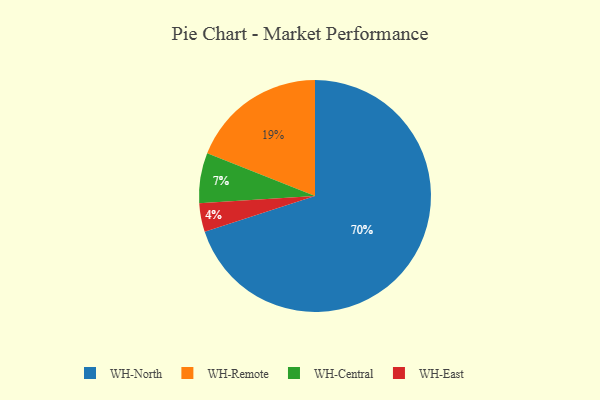
{"axis": {"x": "Category", "y": "Percentage"}, "legend": ["WH-Central", "WH-East", "WH-North", "WH-Remote"], "data": [{"x": "WH-East", "y": 4, "type": "WH-East"}, {"x": "WH-North", "y": 70, "type": "WH-North"}, {"x": "WH-Remote", "y": 19, "type": "WH-Remote"}, {"x": "WH-Central", "y": 7, "type": "WH-Central"}]}